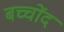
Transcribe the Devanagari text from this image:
बच्चोंद